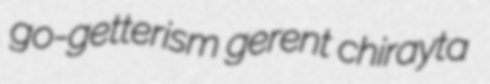
go-getterism gerent chirayta